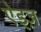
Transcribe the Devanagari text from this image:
ऐड्ज़